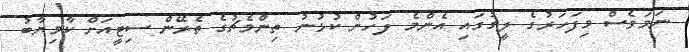
ނަމަވެސް މިފަހަރުގެ ލީގުގައި އެންމެ ފަހުން ކުޅުނު ތިންމެޗުގެ ތެރޭން ސިޓީއަށް ކާމިޔާބު